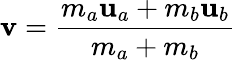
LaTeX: \mathbf{v}={\frac{m_{a}\mathbf{u}_{a}+m_{b}\mathbf{u}_{b}}{m_{a}+m_{b}}}